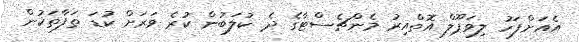
އެއަށްފަހު ލިވަޕޫލް އޮތްއިރު މެންޗެސްޓާގެ ދެ ކުލަބުން ކުރެ ވަރަށް ކުޑަ ތަފާތަކުން